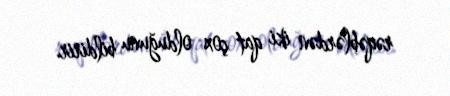
rəqəblərdən iki qat çox olduğunu bildirir.